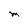
Character: M